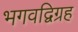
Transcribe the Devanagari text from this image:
भगवद्विग्रह